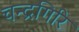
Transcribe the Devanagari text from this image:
चन्द्रगिरि